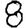
Digit: 8